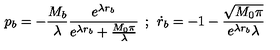
p _ { b } = - \frac { M _ { b } } { \lambda } \frac { e ^ { \lambda r _ { b } } } { e ^ { \lambda r _ { b } } + \frac { M _ { 0 } \pi } { \lambda } } \: \: ; \: \: \dot { r } _ { b } = - 1 - \frac { \sqrt { M _ { 0 } \pi } } { e ^ { \lambda r _ { b } } \lambda }